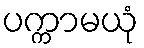
ပက္ကာမယုံ